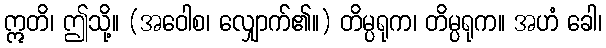
ဣတိ၊ ဤသို့။ (အဝေါစ၊ လျှောက်၏။) တိမ္ပရုက၊ တိမ္ပရုက။ အဟံ ခေါ၊